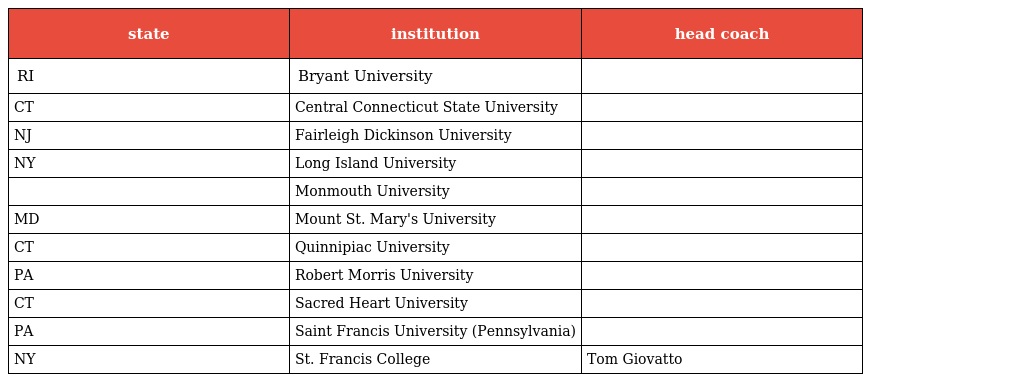
| state | institution | head coach |
 | --- | --- | --- |
 | RI | Bryant University |  |
 | CT | Central Connecticut State University |  |
 | NJ | Fairleigh Dickinson University |  |
 | NY | Long Island University |  |
 |  | Monmouth University |  |
 | MD | Mount St. Mary's University |  |
 | CT | Quinnipiac University |  |
 | PA | Robert Morris University |  |
 | CT | Sacred Heart University |  |
 | PA | Saint Francis University (Pennsylvania) |  |
 | NY | St. Francis College | Tom Giovatto |